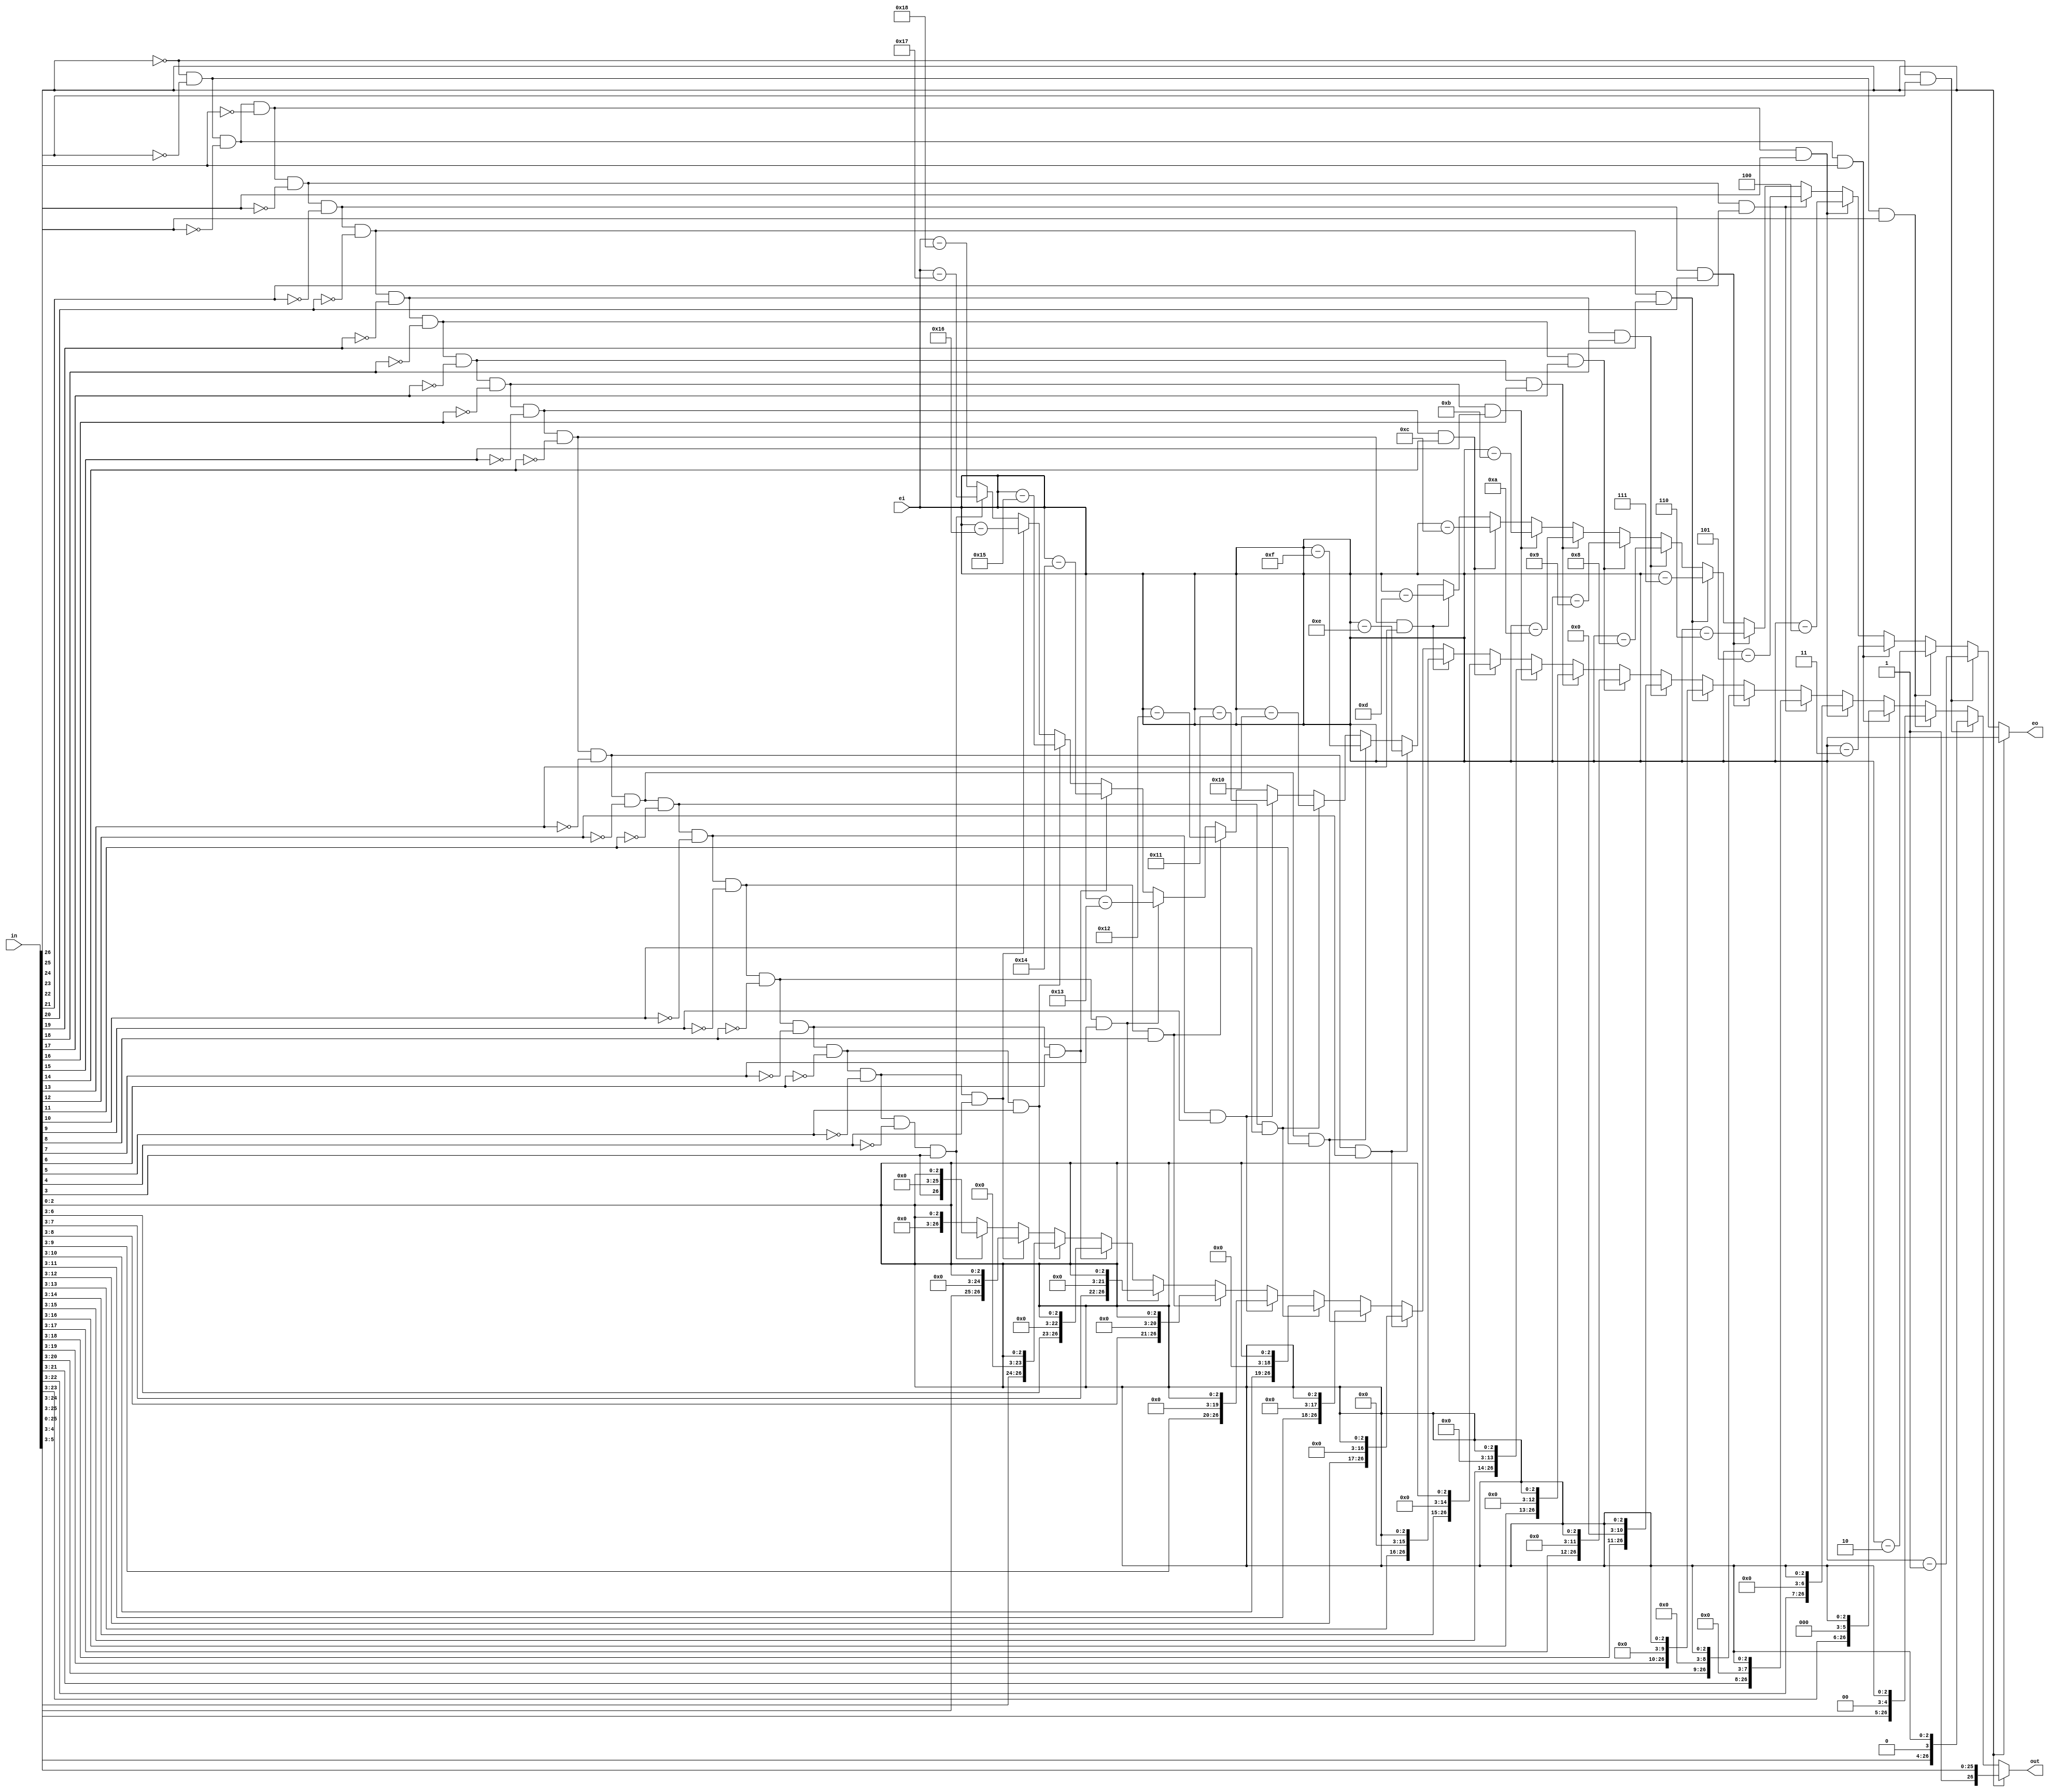
module normalize_sub_single(in,ei,out,eo);

	input [26:0] in;
	input [7:0] ei;
	//input clk;
	output reg [26:0] out;
	output  reg [7:0] eo;

	wire [2:0] grs;
	
	assign grs = in[2:0];
	
always @(*) begin
	if(in[26] == 1'b1)begin
		out = {in[26:3],grs[2:0]};
		eo = ei;
		end
	else if(in[26] == 1'b0 && in[25] == 1'b1)begin
		out = {in[25:3],1'd0,grs[2:0]};
		eo = ei - 8'd1;
		end
	else if(in[26] == 1'b0 && in[25] == 1'b0 && in[24] == 1'b1)begin
		out = {in[24:3],2'd0,grs[2:0]};
		eo = ei - 8'd2;
		end
	else if(in[26] == 1'b0 && in[25] == 1'b0 && in[24] == 1'b0 && in[23] == 1'b1)begin
		out = {in[23:3],3'd0,grs[2:0]};
		eo = ei - 8'd3;
		end
	else if(in[26] == 1'b0 && in[25] == 1'b0 && in[24] == 1'b0 && in[23] == 1'b0 && in[22] == 1'b1)begin
		out = {in[22:3],4'd0,grs[2:0]};
		eo = ei - 8'd4;
		end
	else if(in[26] == 1'b0 && in[25] == 1'b0 && in[24] == 1'b0 && in[23] == 1'b0 && in[22] == 1'b0 && in[21] == 1'b1)begin
		out = {in[21:3],5'd0,grs[2:0]};
		eo = ei - 8'd5;
		end
	else if(in[26] == 1'b0 && in[25] == 1'b0 && in[24] == 1'b0 && in[23] == 1'b0 && in[22] == 1'b0 && in[21] == 1'b0 && in[20] == 1'b1)begin
		out = {in[20:3],6'd0,grs[2:0]};
		eo = ei - 8'd6;
		end
	else if(in[26] == 1'b0 && in[25] == 1'b0 && in[24] == 1'b0 && in[23] == 1'b0 && in[22] == 1'b0 && in[21] == 1'b0 && in[20] == 1'b0 && in[19] == 1'b1)begin
		out = {in[19:3],7'd0,grs[2:0]};
		eo = ei - 8'd7;
		end
	else if(in[26] == 1'b0 && in[25] == 1'b0 && in[24] == 1'b0 && in[23] == 1'b0 && in[22] == 1'b0 && in[21] == 1'b0 && in[20] == 1'b0 && in[19] == 1'b0 && in[18] == 1'b1)begin
		out = {in[18:3],8'd0,grs[2:0]};
		eo = ei - 8'd8;
		end
	else if(in[26] == 1'b0 && in[25] == 1'b0 && in[24] == 1'b0 && in[23] == 1'b0 && in[22] == 1'b0 && in[21] == 1'b0 && in[20] == 1'b0 && in[19] == 1'b0 && in[18] == 1'b0 && in[17] == 1'b1)begin
		out = {in[17:3],9'd0,grs[2:0]};
		eo = ei - 8'd9;
		end
	else if(in[26] == 1'b0 && in[25] == 1'b0 && in[24] == 1'b0 && in[23] == 1'b0 && in[22] == 1'b0 && in[21] == 1'b0 && in[20] == 1'b0 && in[19] == 1'b0 && in[18] == 1'b0 && in[17] == 1'b0 && in[16] == 1'b1)begin
		out = {in[16:3],10'd0,grs[2:0]};
		eo = ei - 8'd10;
		end
	else if(in[26] == 1'b0 && in[25] == 1'b0 && in[24] == 1'b0 && in[23] == 1'b0 && in[22] == 1'b0 && in[21] == 1'b0 && in[20] == 1'b0 && in[19] == 1'b0 && in[18] == 1'b0 && in[17] == 1'b0 && in[16] == 1'b0 && in[15] == 1'b1)begin
		out = {in[15:3],11'd0,grs[2:0]};
		eo = ei - 8'd11;
		end
	else if(in[26] == 1'b0 && in[25] == 1'b0 && in[24] == 1'b0 && in[23] == 1'b0 && in[22] == 1'b0 && in[21] == 1'b0 && in[20] == 1'b0 && in[19] == 1'b0 && in[18] == 1'b0 && in[17] == 1'b0 && in[16] == 1'b0 && in[15] == 1'b0 && in[14] == 1'b1)begin
		out = {in[14:3],12'd0,grs[2:0]};
		eo = ei - 8'd12;
		end
	else if(in[26] == 1'b0 && in[25] == 1'b0 && in[24] == 1'b0 && in[23] == 1'b0 && in[22] == 1'b0 && in[21] == 1'b0 && in[20] == 1'b0 && in[19] == 1'b0 && in[18] == 1'b0 && in[17] == 1'b0 && in[16] == 1'b0 && in[15] == 1'b0 && in[14] == 1'b0 && in[13] == 1'b1)begin
		out = {in[13:3],13'd0,grs[2:0]};
		eo = ei - 8'd13;
		end
	else if(in[26] == 1'b0 && in[25] == 1'b0 && in[24] == 1'b0 && in[23] == 1'b0 && in[22] == 1'b0 && in[21] == 1'b0 && in[20] == 1'b0 && in[19] == 1'b0 && in[18] == 1'b0 && in[17] == 1'b0 && in[16] == 1'b0 && in[15] == 1'b0 && in[14] == 1'b0 && in[13] == 1'b0 && in[12] == 1'b1)begin
		out = {in[12:3],14'd0,grs[2:0]};
		eo = ei - 8'd14;
		end
	else if(in[26] == 1'b0 && in[25] == 1'b0 && in[24] == 1'b0 && in[23] == 1'b0 && in[22] == 1'b0 && in[21] == 1'b0 && in[20] == 1'b0 && in[19] == 1'b0 && in[18] == 1'b0 && in[17] == 1'b0 && in[16] == 1'b0 && in[15] == 1'b0 && in[14] == 1'b0 && in[13] == 1'b0 && in[12] == 1'b0 && in[11] == 1'b1)begin
		out = {in[11:3],15'd0,grs[2:0]};
		eo = ei - 8'd15;
		end
	else if(in[26] == 1'b0 && in[25] == 1'b0 && in[24] == 1'b0 && in[23] == 1'b0 && in[22] == 1'b0 && in[21] == 1'b0 && in[20] == 1'b0 && in[19] == 1'b0 && in[18] == 1'b0 && in[17] == 1'b0 && in[16] == 1'b0 && in[15] == 1'b0 && in[14] == 1'b0 && in[13] == 1'b0 && in[12] == 1'b0 && in[11] == 1'b0 && in[10] == 1'b1)begin
		out = {in[10:3],16'd0,grs[2:0]};
		eo = ei - 8'd16;
		end
	else if(in[26] == 1'b0 && in[25] == 1'b0 && in[24] == 1'b0 && in[23] == 1'b0 && in[22] == 1'b0 && in[21] == 1'b0 && in[20] == 1'b0 && in[19] == 1'b0 && in[18] == 1'b0 && in[17] == 1'b0 && in[16] == 1'b0 && in[15] == 1'b0 && in[14] == 1'b0 && in[13] == 1'b0 && in[12] == 1'b0 && in[11] == 1'b0 && in[10] == 1'b0 && in[9] == 1'b1)begin
		out = {in[9:3],17'd0,grs[2:0]};
		eo = ei - 8'd17;
		end
	else if(in[26] == 1'b0 && in[25] == 1'b0 && in[24] == 1'b0 && in[23] == 1'b0 && in[22] == 1'b0 && in[21] == 1'b0 && in[20] == 1'b0 && in[19] == 1'b0 && in[18] == 1'b0 && in[17] == 1'b0 && in[16] == 1'b0 && in[15] == 1'b0 && in[14] == 1'b0 && in[13] == 1'b0 && in[12] == 1'b0 && in[11] == 1'b0 && in[10] == 1'b0 && in[9] == 1'b0 && in[8] == 1'b1)begin
		out = {in[8:3],18'd0,grs[2:0]};
		eo = ei - 8'd18;
		end
	else if(in[26] == 1'b0 && in[25] == 1'b0 && in[24] == 1'b0 && in[23] == 1'b0 && in[22] == 1'b0 && in[21] == 1'b0 && in[20] == 1'b0 && in[19] == 1'b0 && in[18] == 1'b0 && in[17] == 1'b0 && in[16] == 1'b0 && in[15] == 1'b0 && in[14] == 1'b0 && in[13] == 1'b0 && in[12] == 1'b0 && in[11] == 1'b0 && in[10] == 1'b0 && in[9] == 1'b0 && in[8] == 1'b0 && in[7] == 1'b1)begin
		out = {in[7:3],19'd0,grs[2:0]};
		eo = ei - 8'd19;
		end
	else if(in[26] == 1'b0 && in[25] == 1'b0 && in[24] == 1'b0 && in[23] == 1'b0 && in[22] == 1'b0 && in[21] == 1'b0 && in[20] == 1'b0 && in[19] == 1'b0 && in[18] == 1'b0 && in[17] == 1'b0 && in[16] == 1'b0 && in[15] == 1'b0 && in[14] == 1'b0 && in[13] == 1'b0 && in[12] == 1'b0 && in[11] == 1'b0 && in[10] == 1'b0 && in[9] == 1'b0 && in[8] == 1'b0 && in[7] == 1'b0 && in[6] == 1'b1)begin
		out = {in[6:3],20'd0,grs[2:0]};
		eo = ei - 8'd20;
		end
	else if(in[26] == 1'b0 && in[25] == 1'b0 && in[24] == 1'b0 && in[23] == 1'b0 && in[22] == 1'b0 && in[21] == 1'b0 && in[20] == 1'b0 && in[19] == 1'b0 && in[18] == 1'b0 && in[17] == 1'b0 && in[16] == 1'b0 && in[15] == 1'b0 && in[14] == 1'b0 && in[13] == 1'b0 && in[12] == 1'b0 && in[11] == 1'b0 && in[10] == 1'b0 && in[9] == 1'b0 && in[8] == 1'b0 && in[7] == 1'b0 && in[6] == 1'b0 && in[5] == 1'b1)begin
		out = {in[5:3],21'd0,grs[2:0]};
		eo = ei - 8'd21;
		end
	else if(in[26] == 1'b0 && in[25] == 1'b0 && in[24] == 1'b0 && in[23] == 1'b0 && in[22] == 1'b0 && in[21] == 1'b0 && in[20] == 1'b0 && in[19] == 1'b0 && in[18] == 1'b0 && in[17] == 1'b0 && in[16] == 1'b0 && in[15] == 1'b0 && in[14] == 1'b0 && in[13] == 1'b0 && in[12] == 1'b0 && in[11] == 1'b0 && in[10] == 1'b0 && in[9] == 1'b0 && in[8] == 1'b0 && in[7] == 1'b0 && in[6] == 1'b0 && in[5] == 1'b0 && in[4] == 1'b1)begin
		out = {in[4:3],22'd0,grs[2:0]};
		eo = ei - 8'd22;
		end
	else if(in[26] == 1'b0 && in[25] == 1'b0 && in[24] == 1'b0 && in[23] == 1'b0 && in[22] == 1'b0 && in[21] == 1'b0 && in[20] == 1'b0 && in[19] == 1'b0 && in[18] == 1'b0 && in[17] == 1'b0 && in[16] == 1'b0 && in[15] == 1'b0 && in[14] == 1'b0 && in[13] == 1'b0 && in[12] == 1'b0 && in[11] == 1'b0 && in[10] == 1'b0 && in[9] == 1'b0 && in[8] == 1'b0 && in[7] == 1'b0 && in[6] == 1'b0 && in[5] == 1'b0 && in[4] == 1'b0 && in[3] == 1'b1)begin
		out = {in[3],23'd0,grs[2:0]};
		eo = ei - 8'd23;
		end
	else begin
		out = {24'd0,grs[2:0]};
		eo = ei - 8'd24;
		end
end
endmodule